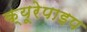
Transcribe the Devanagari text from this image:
क्यूरेपाइप